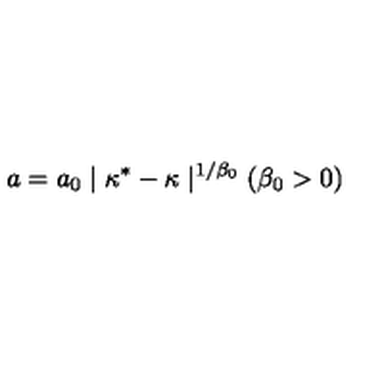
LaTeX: a = a _ { 0 } \mid \kappa ^ { * } - \kappa \mid ^ { 1 / \beta _ { 0 } } ( \beta _ { 0 } > 0 )